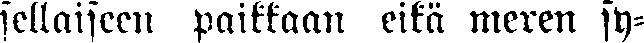
sellaiseen paikkaan eikä meren sy-